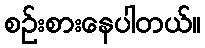
စဉ်းစားနေပါတယ်။